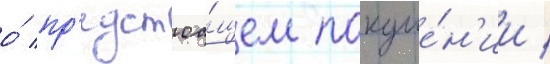
о́ пр'едстоа́щем покуше́н'ии /